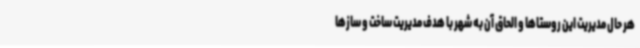
هر حال مدیریت این روستاها و الحاق آن به شهر با هدف مدیریت ساخت و سازها